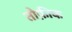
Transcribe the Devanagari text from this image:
तौफ़ीक